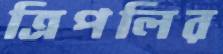
ত্রিপলির